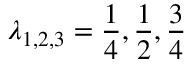
\lambda _ { 1 , 2 , 3 } = \frac { 1 } { 4 } , \frac { 1 } { 2 } , \frac { 3 } { 4 }